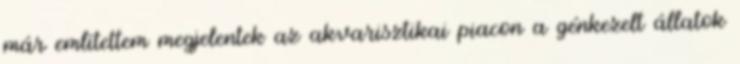
már említettem megjelentek az akvarisztikai piacon a génkezelt állatok